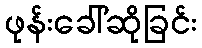
ဖုန်းခေါ်ဆိုခြင်း